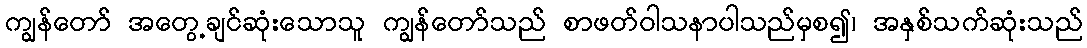
ကျွန်တော် အတွေ့ချင်ဆုံးသောသူ ကျွန်တော်သည် စာဖတ်ဝါသနာပါသည်မှစ၍၊ အနှစ်သက်ဆုံးသည်